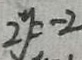
2 y = - 2